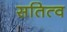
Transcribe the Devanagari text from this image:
सतित्व